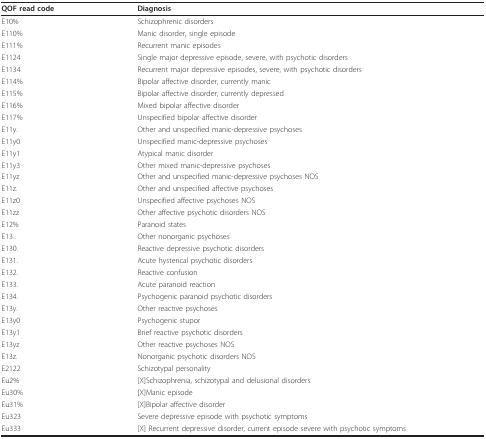
| QOF read code | Diagnosis |
 | --- | --- |
 | E10% | Schizophrenic disorders |
 | E110% | Manic disorder, single episode |
 | E111% | Recurrent manic episodes |
 | E1124 | Single major depressive episode, severe, with psychotic disorders |
 | E1134 | Recurrent major depressive episodes, severe, with psychotic disorders |
 | E114% | Bipolar affective disorder, currently manic |
 | E115% | Bipolar affective disorder, currently depressed |
 | E116% | Mixed bipolar affective disorder |
 | E117% | Unspecified bipolar affective disorder |
 | E11y. | Other and unspecified manic-depressive psychoses |
 | E11y0 | Unspecified manic-depressive psychoses |
 | E11y1 | Atypical manic disorder |
 | E11y3 | Other mixed manic-depressive psychoses |
 | E11yz | Other and unspecified manic-depressive psychoses NOS |
 | E11z. | Other and unspecified affective psychoses |
 | E11z0 | Unspecified affective psychoses NOS |
 | E11zz | Other affective psychotic disorders NOS |
 | E12% | Paranoid states |
 | E13.. | Other nonorganic psychoses |
 | E130. | Reactive depressive psychotic disorders |
 | E131. | Acute hysterical psychotic disorders |
 | E132. | Reactive confusion |
 | E133. | Acute paranoid reaction |
 | E134. | Psychogenic paranoid psychotic disorders |
 | E13y. | Other reactive psychoses |
 | E13y0 | Psychogenic stupor |
 | E13y1 | Brief reactive psychotic disorders |
 | E13yz | Other reactive psychoses NOS |
 | E13z. | Nonorganic psychotic disorders NOS |
 | E2122 | Schizotypal personality |
 | Eu2% | [X]Schizophrenia, schizotypal and delusional disorders |
 | Eu30% | [X]Manic episode |
 | Eu31% | [X]Bipolar affective disorder |
 | Eu323 | Severe depressive episode with psychotic symptoms |
 | Eu333 | [X] Recurrent depressive disorder, current episode severe with psychotic symptoms |